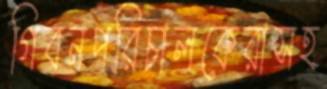
গিবনপরিচালকেরাসহ